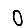
Digit: 0